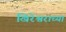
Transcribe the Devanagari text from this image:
खिरेश्वराच्या